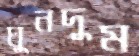
ঘুনদুম